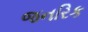
જનરિક